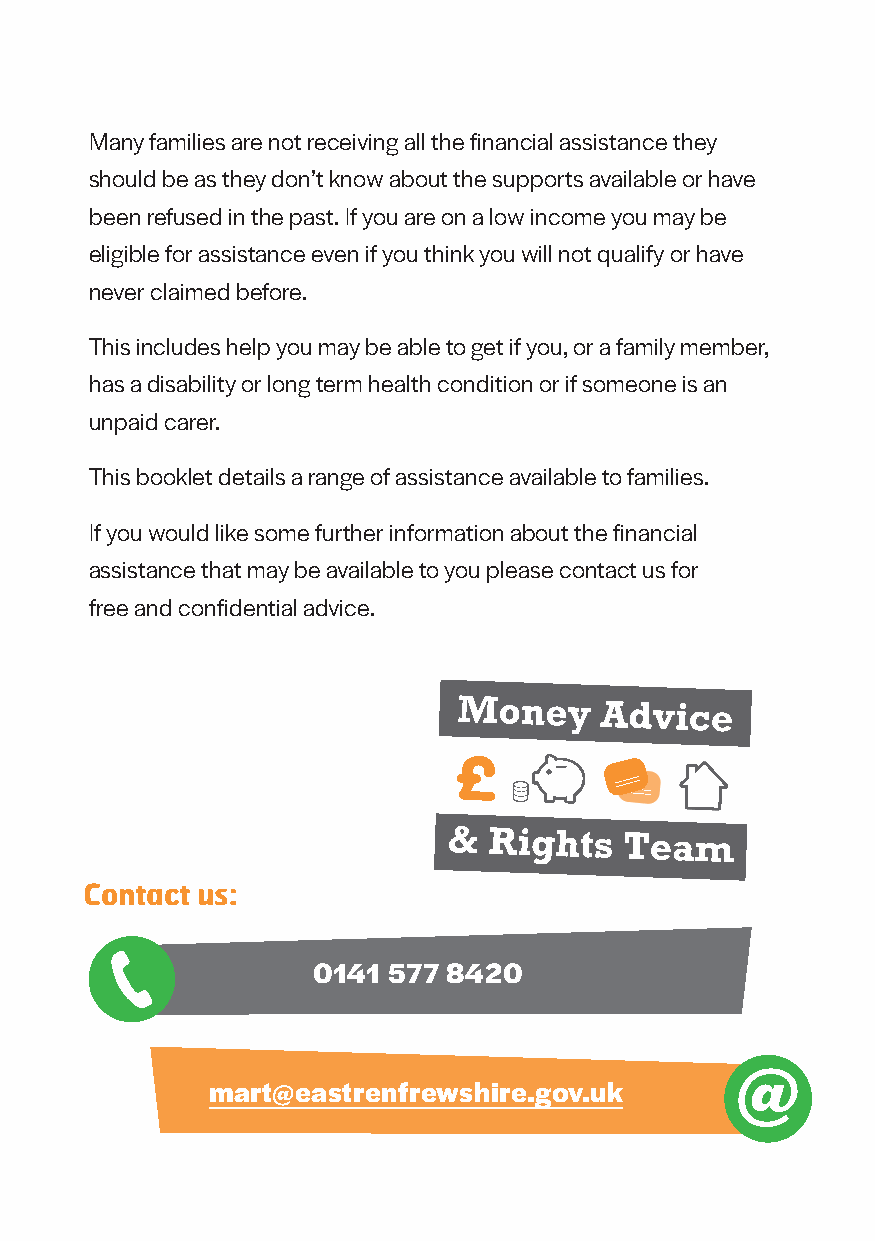
Many families are not receiving all the financial assistance they
 should be as they don’t know about the supports available or have
 been refused in the past. If you are on a low income you may be
 eligible for assistance even if you think you will not qualify or have
 never claimed before.
 This includes help you may be able to get if you, or a family member,
 has a disability or long term health condition or if someone is an
 unpaid carer.
 This booklet details a range of assistance available to families.
 If you would like some further information about the financial
 assistance that may be available to you please contact us for
 free and confidential advice.
 Contact us:
 0141 577 8420
 mart@eastrenfrewshire.gov.uk